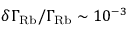
\delta \Gamma _ { \mathrm { R b } } / \Gamma _ { \mathrm { R b } } \sim 1 0 ^ { - 3 }